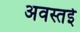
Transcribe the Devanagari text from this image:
अवस्तई